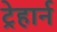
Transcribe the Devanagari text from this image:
ट्रेहार्न